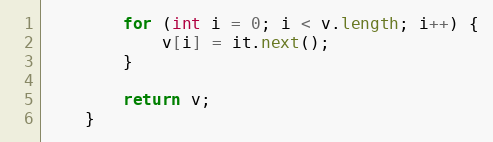
Language: Java
        for (int i = 0; i < v.length; i++) {
            v[i] = it.next();
        }

        return v;
    }